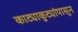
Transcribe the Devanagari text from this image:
काट्याकुट्यांपासून